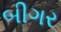
બીગર